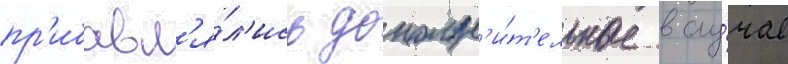
пр'ибавл'я́л'ись дополн'и́т'ельные в слу́чае